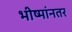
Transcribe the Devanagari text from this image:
भीष्मांनतर